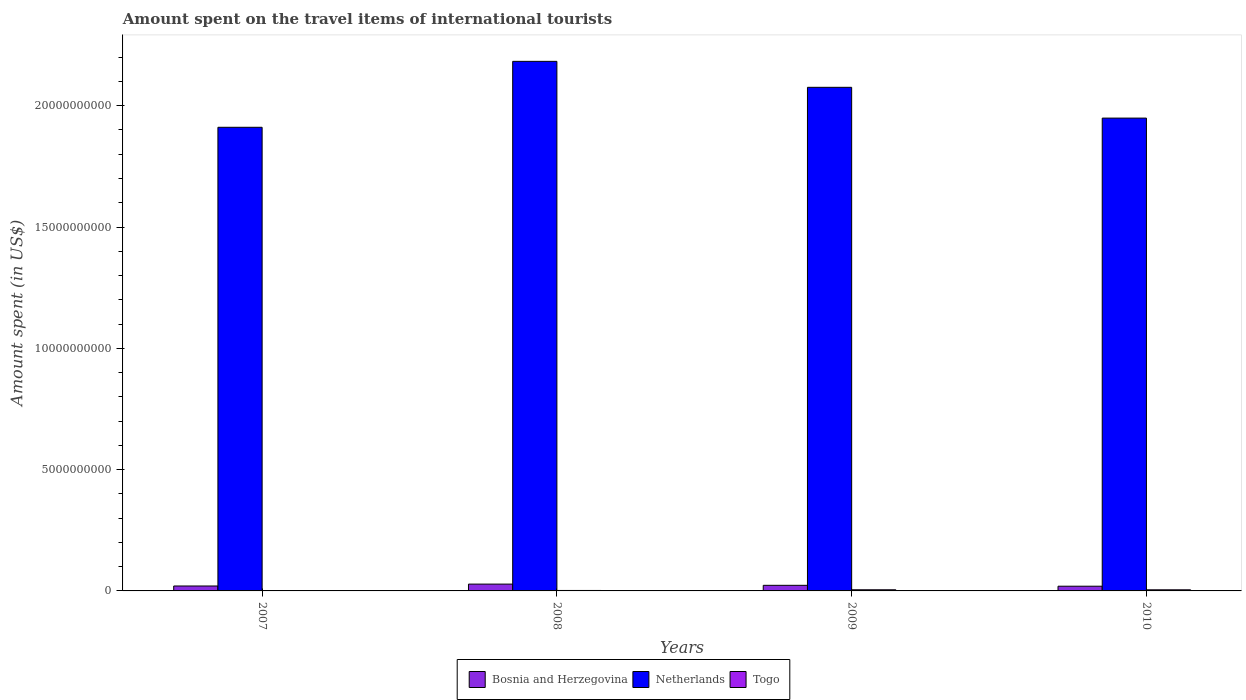
| Years | Bosnia and Herzegovina | Netherlands | Togo |
 | --- | --- | --- | --- |
 | 2007 | 2.03e+08 | 1.91e+10 | 1.7e+07 |
 | 2008 | 2.81e+08 | 2.18e+10 | 1.9e+07 |
 | 2009 | 2.31e+08 | 2.08e+10 | 4.7e+07 |
 | 2010 | 1.94e+08 | 1.95e+10 | 4.6e+07 |